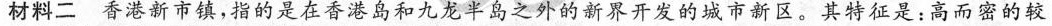
材料二香港新市镇，指的是在香港岛和九龙半岛之外的新界开发的城市新区。其特征是：高而密的较